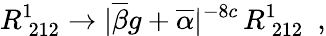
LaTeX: R_{\: 212}^{1}\rightarrow|\overline{{{\beta}}}g+\overline{{{\alpha}}}|^{-8c}\, R_{\: 212}^{1}~~,